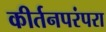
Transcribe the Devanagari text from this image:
कीर्तनपरंपरा